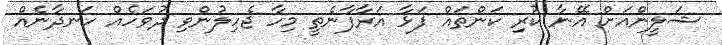
ޝަލީންއަށް އޭނާ ކުރި ކަންތައް ފަޅާ އަރާފާނެތީ މިހާ ޖެހިލުންވި ދުވަހެއް ހަނދާނެއް